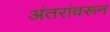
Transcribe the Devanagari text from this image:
अंतरांवरून